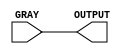
module SOBEL(GRAY,OUTPUT); 

input [7:0] GRAY;

output [7:0] OUTPUT; 
 
assign OUTPUT = GRAY;

endmodule